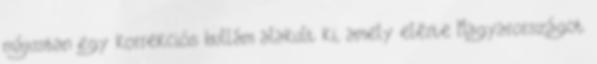
májusban egy korrekciós hullám alakult ki, amely elérte Magyarországot